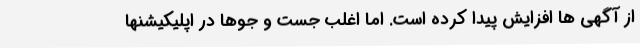
از آگهی ها افزایش پیدا کرده است. اما اغلب جست و جوها در اپلیکیشنها